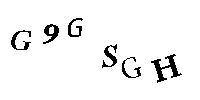
G9GSGH